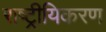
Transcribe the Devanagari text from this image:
राष्ट्रीयिकरण